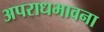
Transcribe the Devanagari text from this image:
अपराधभावना